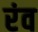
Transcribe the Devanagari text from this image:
रंव